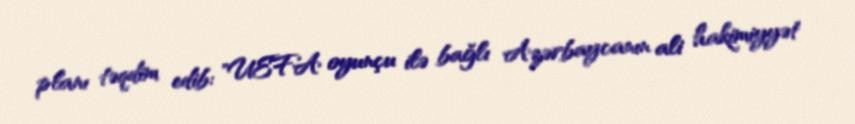
planı təqdim edib: "UEFA oyunçu ilə bağlı Azərbaycanın ali hakimiyyət